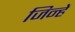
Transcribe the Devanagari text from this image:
जिन्हेें